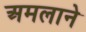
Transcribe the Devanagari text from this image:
अमलाने